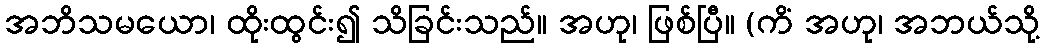
အဘိသမယော၊ ထိုးထွင်း၍ သိခြင်းသည်။ အဟု၊ ဖြစ်ပြီ။ (ကိံ အဟု၊ အဘယ်သို့